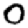
Digit: 0